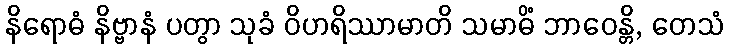
နိရောဓံ နိဗ္ဗာနံ ပတွာ သုခံ ဝိဟရိဿာမာတိ သမာဓိံ ဘာဝေန္တိ, တေသံ